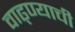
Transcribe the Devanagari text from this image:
वाढ्ण्याची